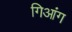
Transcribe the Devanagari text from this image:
गिआंग